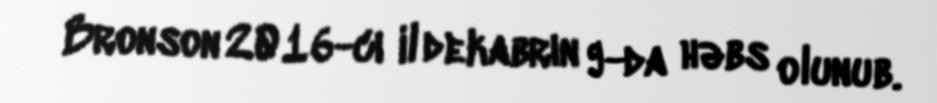
Bronson 2016-cı il dekabrın 9-da həbs olunub.